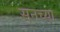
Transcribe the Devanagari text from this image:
सनच्या